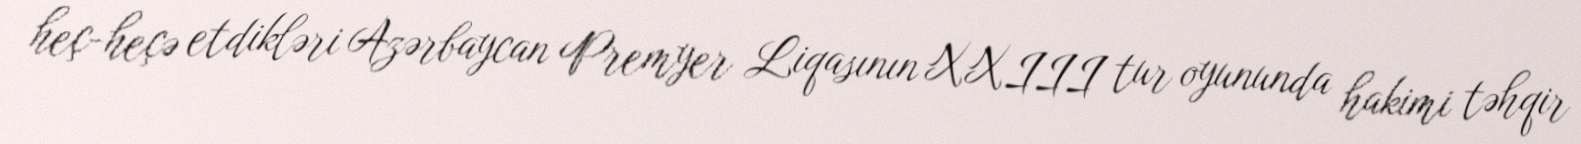
heç-heçə etdikləri Azərbaycan Premyer Liqasının XXIII tur oyununda hakimi təhqir